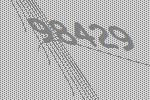
98429